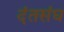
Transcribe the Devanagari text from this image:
दंतसंघ